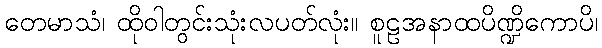
တေမာသံ၊ ထိုဝါတွင်းသုံးလပတ်လုံး။ စူဠအနာထပိဏ္ဍိကောပိ၊